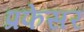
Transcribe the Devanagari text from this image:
प्रफेसर